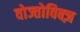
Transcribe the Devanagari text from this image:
वोज्तोविक्ज़